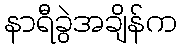
နာရီခွဲအချိန်က